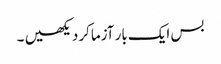
بس ایک بار آزماکر دیکھیں ۔